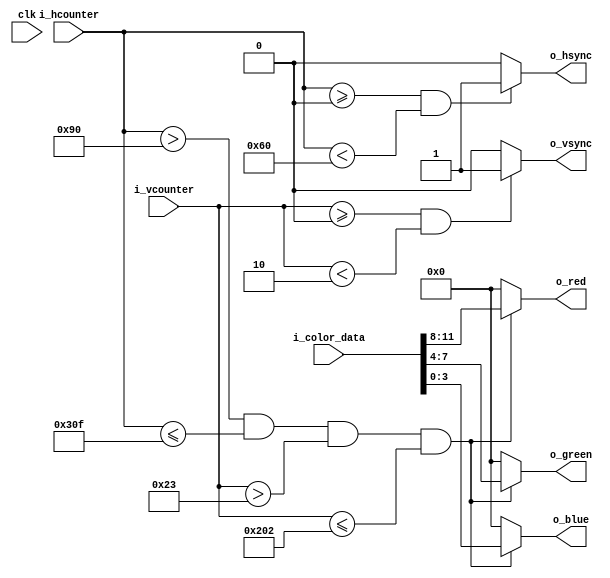
`timescale 1ns / 1ps
//////////////////////////////////////////////////////////////////////////////////
// Company: 
// 
// Design Name: 
// Module Name: VGA_driver
// Project Name: Emoji_Animation
// Target Devices: 
// Tool Versions: 
// Description: generic VGA driver 640x480 @ 60 FPS
// 
// Dependencies: Input clk frequency of 25 MHz
// 
// Revision:
// Revision 0.01 - File Created
// Additional Comments:
// 
//////////////////////////////////////////////////////////////////////////////////

module VGA_driver (
	input clk,                 // 25 MHz     
	input [11:0] i_color_data, // color input data (4 bits red, 4 bits green, 4 bits blue)
  input [9:0] i_hcounter,    // horizontal counter 0-799 (include blanking)
	input [9:0] i_vcounter,    // vertical counter 0-524 (include blanking)
	output o_hsync,            // horizontal sync
	output o_vsync,            // vertical sync
	output [3:0] o_red,        // output color red
	output [3:0] o_green,      // output color green
	output [3:0] o_blue        // output color blue
	);
	
	// separate the i_color_data input into its separate RGB colors
	wire [3:0] w_red = i_color_data[11:8];
	wire [3:0] w_green = i_color_data[7:4];
	wire [3:0] w_blue = i_color_data[3:0];
	
	/////////////////////////////////////////////////////////////////////////////////////////////////////////////////////////////////
	// hsync and vsync output assignments
	assign o_hsync = (i_hcounter >= 0 && i_hcounter < 96) ? 1:0;  // hsync high for 96 counts                                                 
	assign o_vsync = (i_vcounter >= 0 && i_vcounter < 2) ? 1:0;   // vsync high for 2 counts
	// end hsync and vsync output assignments

	/////////////////////////////////////////////////////////////////////////////////////////////////////////////////////////////////
	// color output assignments
		// only output the colors if the counters are within the adressable video time constraints
	assign o_red = (i_hcounter > 144 && i_hcounter <= 783 && i_vcounter > 35 && i_vcounter <= 514) ? w_red : 4'h0;
	assign o_green = (i_hcounter > 144 && i_hcounter <= 783 && i_vcounter > 35 && i_vcounter <= 514) ? w_green : 4'h0;
	assign o_blue = (i_hcounter > 144 && i_hcounter <= 783 && i_vcounter > 35 && i_vcounter <= 514) ? w_blue : 4'h0;
	// end color output assignments
	
endmodule  // VGA_driver